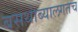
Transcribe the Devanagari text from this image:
बसथांब्यालगतच